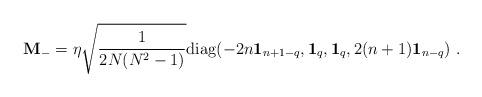
LaTeX: \begin{align*}{\bf M}_- = \eta \sqrt{1 \over {2N(N^2-1)}} {\rm diag} ( -2n {\bf 1}_{n+1-q}, {\bf 1}_q, {\bf 1}_q, 2(n+1){\bf 1}_{n-q} ) \ .\end{align*}